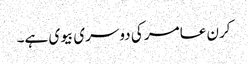
کرن عامر کی دوسری بیوی ہے۔